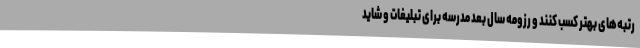
رتبه‌های بهتر کسب کنند و رزومه سال بعد مدرسه برای تبلیغات و شاید